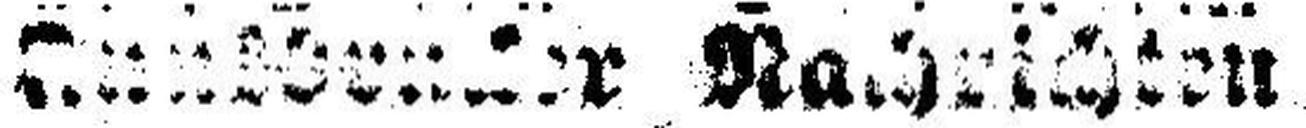
Innsbrucker Nachrichten